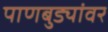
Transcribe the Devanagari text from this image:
पाणबुड्यांवर